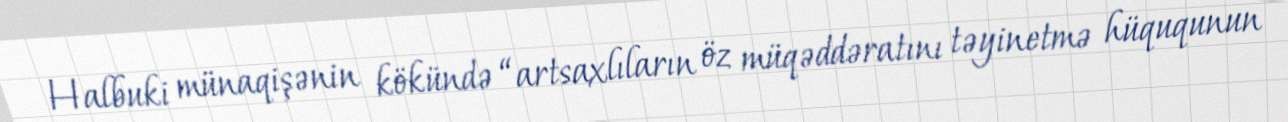
Halbuki münaqişənin kökündə “artsaxlıların öz müqəddəratını təyinetmə hüququnun